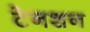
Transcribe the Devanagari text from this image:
टेनशन